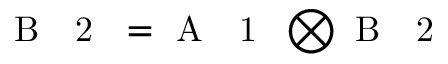
\mathrm { ~ B ~ \textsubscript ~ { ~ 2 ~ } ~ } = \mathrm { ~ A ~ \textsubscript ~ { ~ 1 ~ } ~ } \bigotimes \mathrm { ~ B ~ \textsubscript ~ { ~ 2 ~ } ~ }